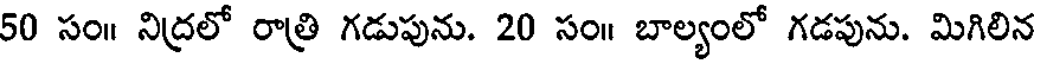
50 సం॥ నిద్రలో రాత్రి గడుపును. 20 సం॥ బాల్యంలో గడపును. మిగిలిన